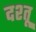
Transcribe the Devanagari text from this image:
दश्तू